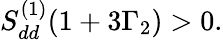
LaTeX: S_{dd}^{(1)}(1+3\Gamma_{2})>0.